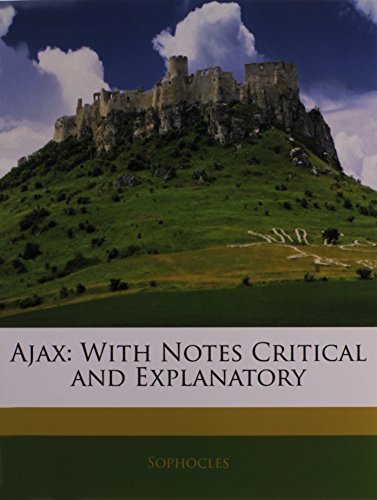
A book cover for Ajax: With Notes Critical and Explanatory; Sophocles; Literature & Fiction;